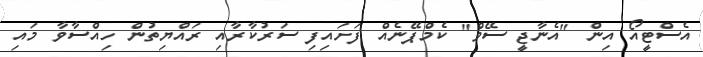
އެސްޓީއޯ އިން "އެނާޖީ ސޭވް" ކެމްޕޭނެއް ފަށައިފި ސަރުކާރާއި ރައްޔިތުން ހިއްސާވާ މައި